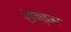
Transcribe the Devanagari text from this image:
ऐडवाइजर